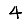
Digit: 4